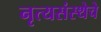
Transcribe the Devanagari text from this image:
नृत्यसंस्थेचे